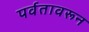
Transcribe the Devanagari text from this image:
पर्वतावरून